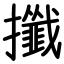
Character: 攕